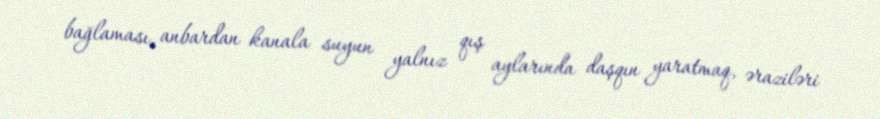
bağlaması, anbardan kanala suyun yalnız qış aylarında daşqın yaratmaq, əraziləri